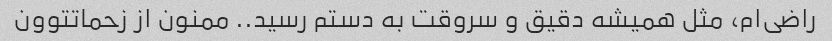
راضی‌ام، مثل همیشه دقیق و سروقت به دستم رسید.. ممنون از زحماتتوون